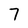
Character: 7